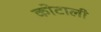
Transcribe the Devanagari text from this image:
कोटाली